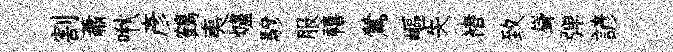
割蕭啾彥鶴夷爐驂服禧鶯嶇失褚致聳弹諺